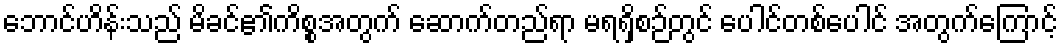
ဘောင်ဟိန်းသည် မိခင်၏ကိစ္စအတွက် ဆောက်တည်ရာ မရရှိစဉ်တွင် ပေါင်တစ်ပေါင် အတွက်ကြောင့်